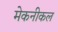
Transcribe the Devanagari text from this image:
मेकनीकल